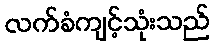
လက်ခံကျင့်သုံးသည်